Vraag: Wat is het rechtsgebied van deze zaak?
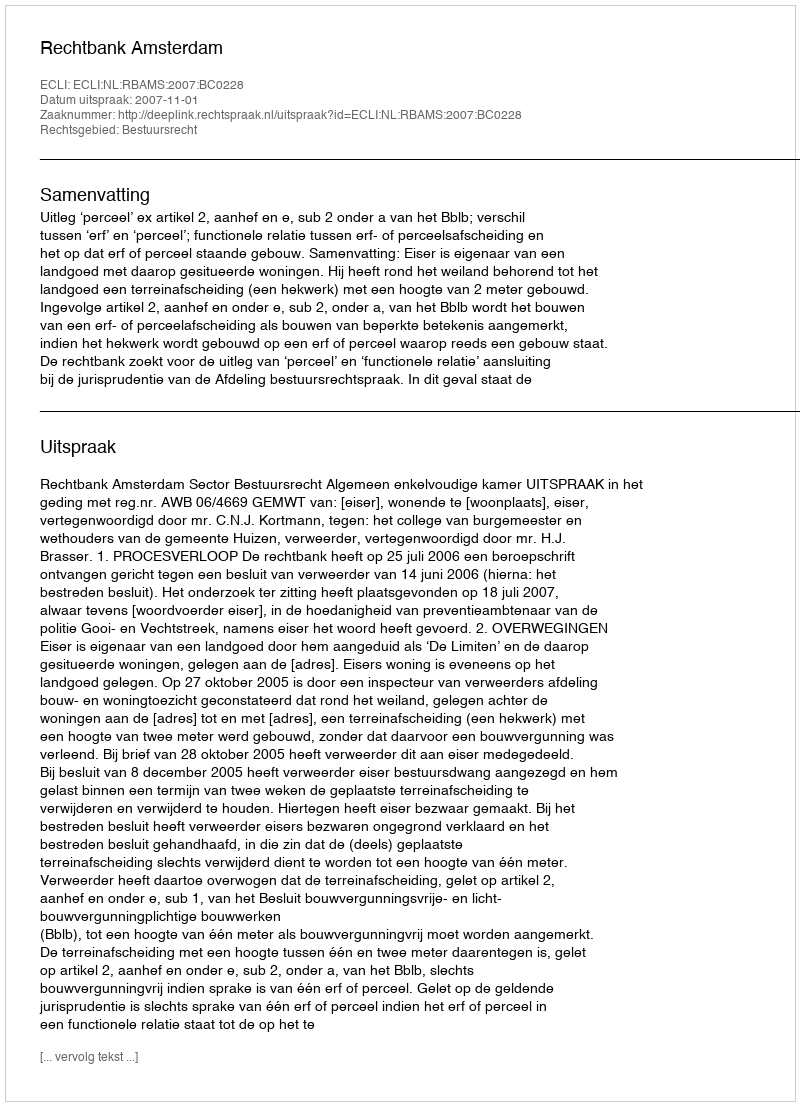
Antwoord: Bestuursrecht